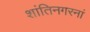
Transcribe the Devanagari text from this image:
शांतिनगरनां